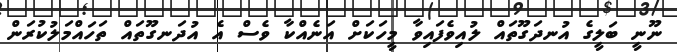
ނޫނީ ބަލީގެ އުނދަގޫތައް ލުއިވެފައިވާ މީހަކަށް އަނެއްކާ ވެސް އެ އުދަނގޫތައް ތަހައްމަލުކުރަން